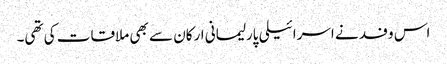
اس وفد نے اسرائیلی پارلیمانی ارکان سے بھی ملاقات کی تھی۔